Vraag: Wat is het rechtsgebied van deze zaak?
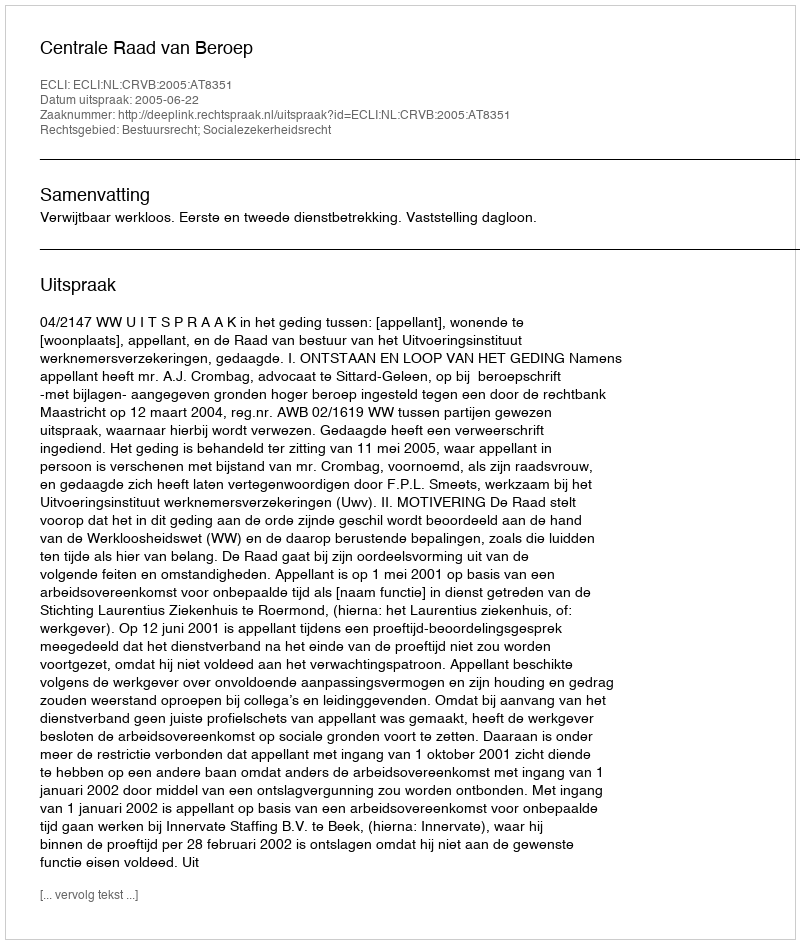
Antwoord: Bestuursrecht; Socialezekerheidsrecht